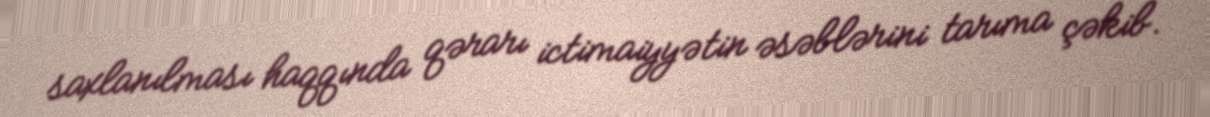
saxlanılması haqqında qərarı ictimaiyyətin əsəblərini tarıma çəkib.